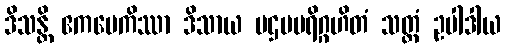
ဒိသန္တိ ဧကမေကိဿာ ဒိသာယ ပဌမပရိဂ္ဂဟိတံ သတ္တံ ဥပါဒါယ